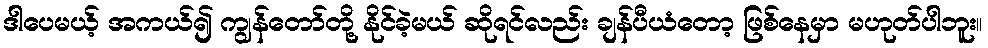
ဒါပေမယ့် အကယ်၍ ကျွန်တော်တို့ နိုင်ခဲ့မယ် ဆိုရင်လည်း ချန်ပီယံတော့ ဖြစ်နေမှာ မဟုတ်ပါဘူး။